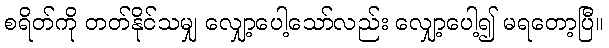
စရိတ်ကို တတ်နိုင်သမျှ လျှော့ပေါ့သော်လည်း လျှော့ပေါ့၍ မရတော့ပြီ။